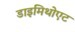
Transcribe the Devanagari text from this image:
डाइमिथोएट